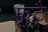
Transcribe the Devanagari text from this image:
फूटै